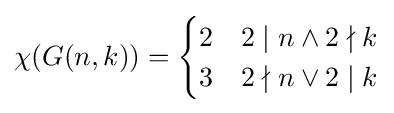
\chi (G(n,k))={\begin{cases}2&2\mid n\land 2\nmid k\\3&2\nmid n\lor 2\mid k\\\end{cases}}